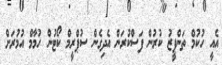
އެއީ ހުކުމް ތަންފީޒު ކުރުން ފަސްކުރަން އެދިގެން ސުޕްރީމް ކޯޓުން ހުމާމް އުމުރަށް